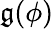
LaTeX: \mathfrak{g}(\phi)